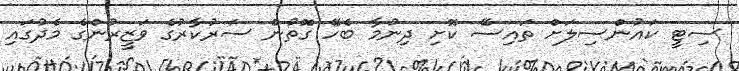
ސިޓީ ކައުންސިލަށް ތައިސޭ ކޮށި ދިނުމާ ބެހޭ ގޮތުން ސަރުކާރުގެ ވަޒީރުންގެ މެދުގައި